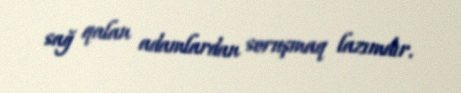
sağ qalan adamlardan soruşmaq lazımdır.